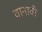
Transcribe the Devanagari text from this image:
वानाबी